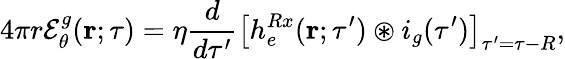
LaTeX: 4\pi r{\mathcal E}_{\theta}^{g}({\mathbf r};\tau)=\eta\frac{d}{d\tau^{\prime}}\left[h_{e}^{Rx}({\mathbf r};\tau^{\prime})\circledast i_{g}(\tau^{\prime})\right]_{\tau^{\prime}=\tau-R},